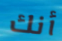
أنك